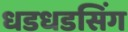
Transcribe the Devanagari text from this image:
धडधडसिंग